Report of an investigation into the causes of malaria in Bombay and the measures necessary for its control
Disease focus: Malaria
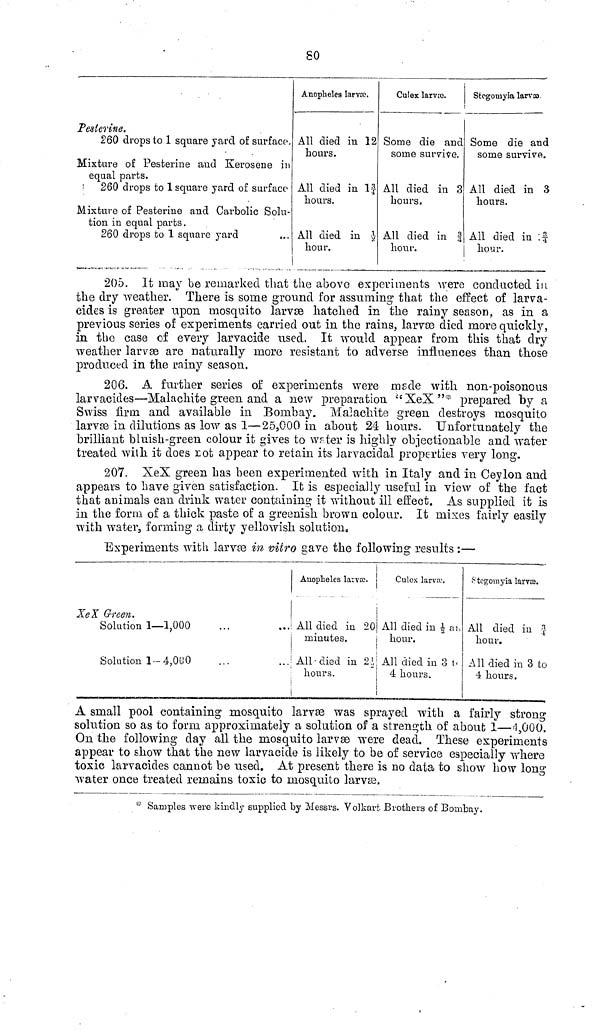
80
Pesterine.
260 drops to 1 square yard of surface.
Mixture of Pesterine and Kerosene in
equal parts.
260 drops to 1 square yard of surface
Mixture of Pesterine and Carbolic Solu-
tion in equal parts.
260 drops to 1 square yard
Anopheles larvæ.
All died in 12
hours.
All died in 13/4
hours.
All died in 1/2
hour.
Culex larvæ.
Some die and
some survive.
All died in 3
hours.
All died in |
hour.
Stegomyia larvæ
Some die and
some survive.
All died in 3
hours.
All died in £
hour.
205. It may be remarked that the above experiments were conducted in
the dry weather. There is some ground for assuming that the effect of larva-
cides is greater upon mosquito larvæ hatched in the rainy season, as in a
previous scries of experiments carried out in the rains, larvæ died more quickly,
in the case of every larvacide used. It would appear from this that dry
weather larvæ are naturally more resistant to adverse influences than those
produced in the rainy season.
206. A further series of experiments were made with non-poisonous
larvacides—Malachite green and a new preparation "XeX"* prepared by a
Swiss firm and available in Bombay. Malachite green destroys mosquito
larvæ in dilutions as low as 1—25,000 in about 24 hours. Unfortunately the
brilliant bluish-green colour it gives to water is highly objectionable and water
treated with it does rot appear to retain its larvacidal properties very long.
207. XeX green has been experimented with in Italy and in Ceylon and
appears to have given satisfaction. It is especially useful in view of the fact
that animals can drink water containing it without ill effect. As supplied it is
in the form of a thick paste of a greenish brown colour. It mises fairly easily
with water, forming a dirty yellowish solution.
Experiments with larvæ in vitro gave the following results :—
XeX Green.
Solution 1—1,000
Solution 1-4,000
Auopheles larvæ.
All died in 20
minutes.
All-died in 23
hours.
Culex larvæ.
All died in 1/2 an
hour.
All died in 3 t <
4 hours.
Stegomyia larvœ.
All died in 3/4
hour.
All died in 3 to
4 hours.
A small pool containing mosquito larvæ was sprayed with a fairly strong
solution so as to form approximately a solution of a strength of about 1—4,000.
On the following day all the mosquito larvæ were dead. These experiments
appear to show that the new larvacide is likely to be of service especially where
toxic larvacides cannot be used. At present there is no data to show how long
water once treated remains toxic to mosquito larvæ.
* Samples were kindly supplied by Messrs. Volkart Brothers of Bombay.